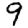
Digit: 9